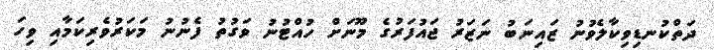
ދަތްކުނޑިވިކާލެވުނު ޒައިނަބު ނަޒަރު ޖައުފަރުގެ މޫނަށް ހުއްޓުނު ވަގުތު ފެނުނު މަކަރުވެރިކަމާއި ވިހަ